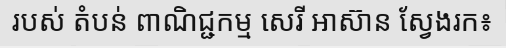
របស់ តំបន់ ពាណិជ្ជកម្ម សេរី អាស៊ាន ស្វែងរក៖